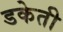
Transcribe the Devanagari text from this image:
डकेती